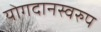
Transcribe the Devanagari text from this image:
योगदानस्वरुप